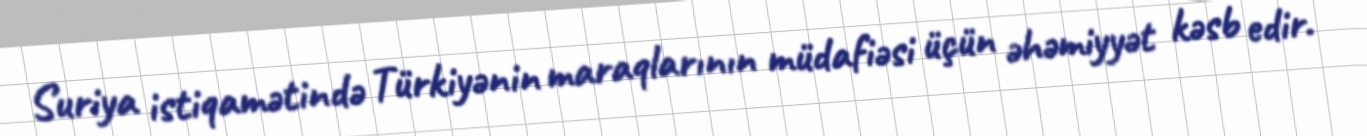
Suriya istiqamətində Türkiyənin maraqlarının müdafiəsi üçün əhəmiyyət kəsb edir.